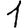
Digit: 1